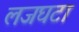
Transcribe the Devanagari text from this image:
लजघटा